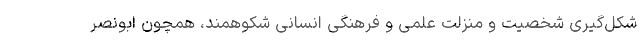
شکل‌گیری شخصیت و منزلت علمی و فرهنگی انسانی شکوهمند، همچون ابونصر